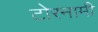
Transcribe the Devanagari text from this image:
टोरनामी